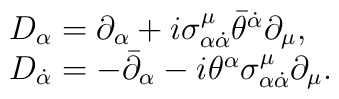
\begin{array}{ll}D_{\alpha} = \partial_{\alpha} + i \sigma^{\mu}_{\alpha \dot \alpha }\bar \theta^{\dot \alpha} \partial_{\mu}, \\D_{\dot \alpha} = - \bar \partial_{\alpha} - i\theta^{\alpha}\sigma^{\mu}_{\alpha \dot \alpha }  \partial_{\mu}.\end{array}